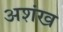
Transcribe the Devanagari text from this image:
अशंख